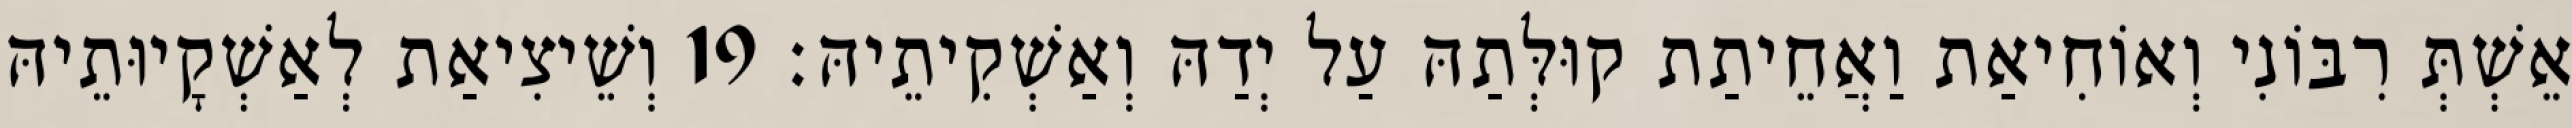
אֵשְׁתְּ רִבּוֹנִי וְאוֹחִיאַת וַאֲחֵיתַת קוּלְּתַהּ עַל יְדַהּ וְאַשְׁקִיתֵיהּ׃ 19 וְשֵׁיצִיאַת לְאַשְׁקָיוּתֵיהּ